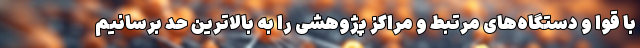
با قوا و دستگاه‌های مرتبط و مراکز پژوهشی را به بالاترین حد برسانیم